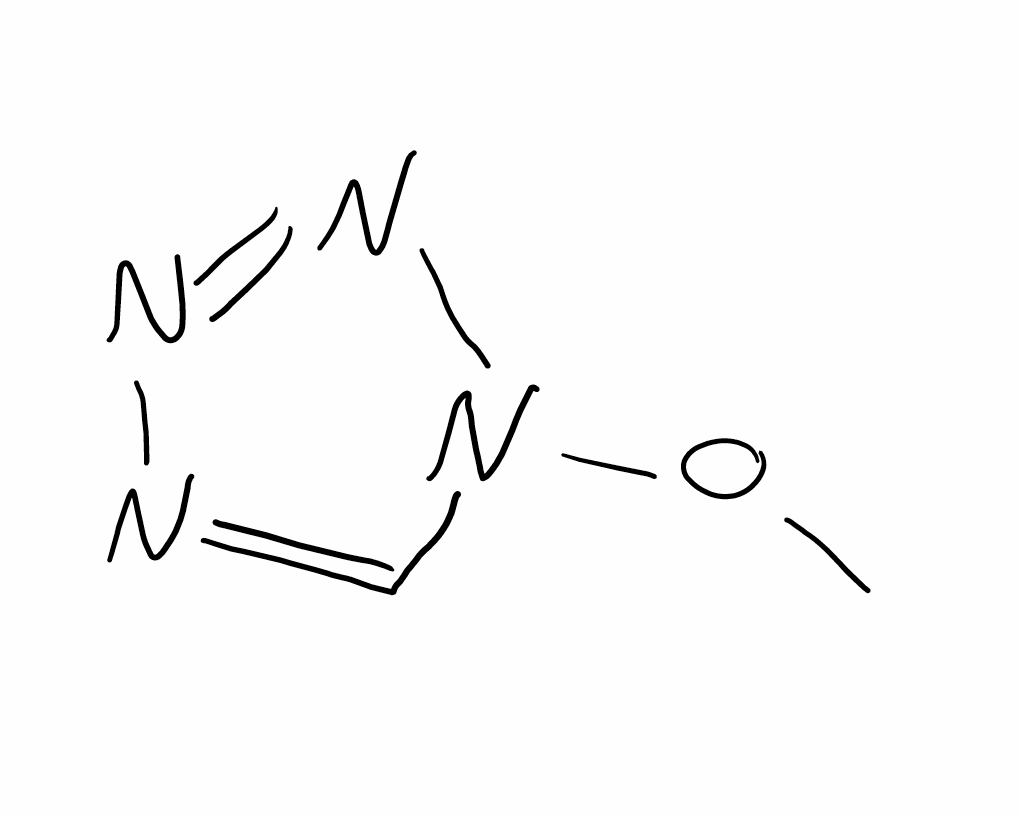
Simplified molecular-input line-entry system (SMILES) notation of the given molecule:
CON1C=NN=N1